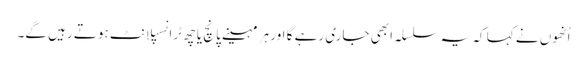
اُنھوں نے کہا کہ یہ سلسلہ ابھی جاری رہے گا اور ہر مہینے پانچ یا چھ ٹرانسپلانٹ ہوتے رہیں گے۔